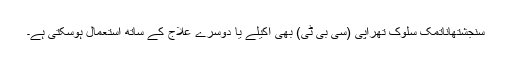
سنجشتھاناتمک سلوک تھراپی (سی بی ٹی) بھی اکیلے یا دوسرے علاج کے ساتھ استعمال ہوسکتی ہے۔